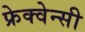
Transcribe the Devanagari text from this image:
फ्रेक्वेन्सी